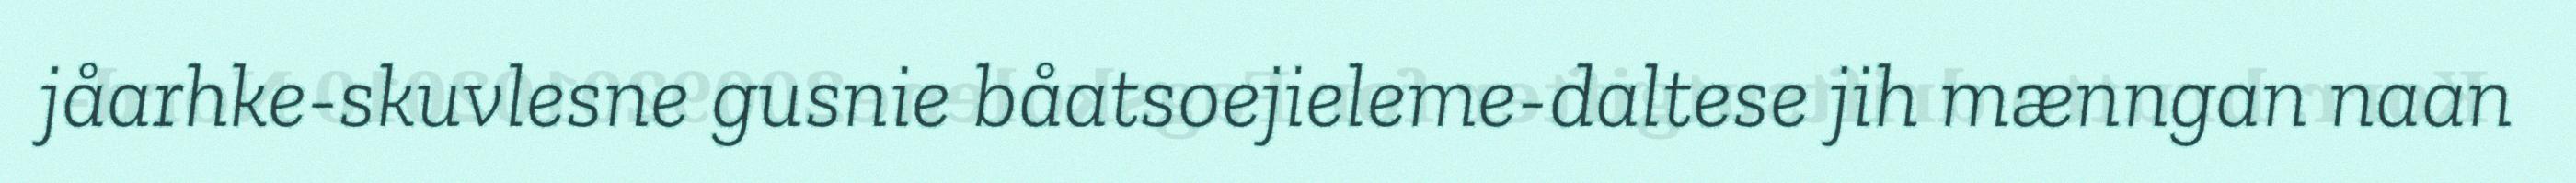
jåarhke-skuvlesne gusnie båatsoejieleme-daltese jih mænngan naan